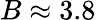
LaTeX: B\approx 3.8